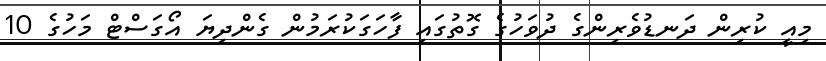
މިއީ ކުރިން ދަނޑުވެރިންގެ ދުވަހުގެ ގޮތުގައި ފާހަގަކުރަމުން ގެންދިޔަ އޯގަސްޓް މަހުގެ 10